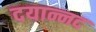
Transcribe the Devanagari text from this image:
दयान्नद